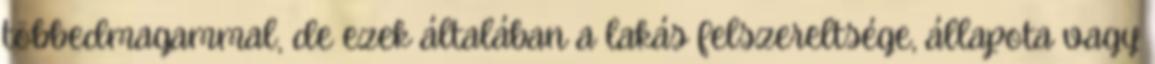
többedmagammal, de ezek általában a lakás felszereltsége, állapota vagy